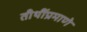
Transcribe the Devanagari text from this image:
तीथींप्रमाणे